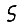
Digit: 5